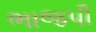
ભાજપી